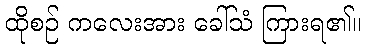
ထိုစဉ် ကလေးအား ခေါ်သံ ကြားရ၏။